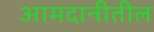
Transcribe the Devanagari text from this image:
आमदानीतील